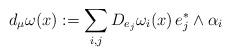
LaTeX: \begin{align*}d_\mu\omega(x) := \sum_{i,j} D_{e_j} \omega_i (x) \, e^*_j\wedge \alpha_i\end{align*}